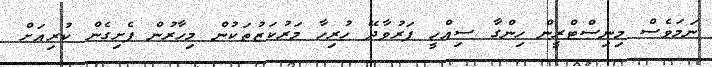
ނަމަވެސް މިނިސްޓްރީން ހިންގާ ސިއްހީ ފަރުވާދޭ ހުރިހާ މަރުކަޒުތަކުން މިހާރުން ފެށިގެން ކުރިއަށް